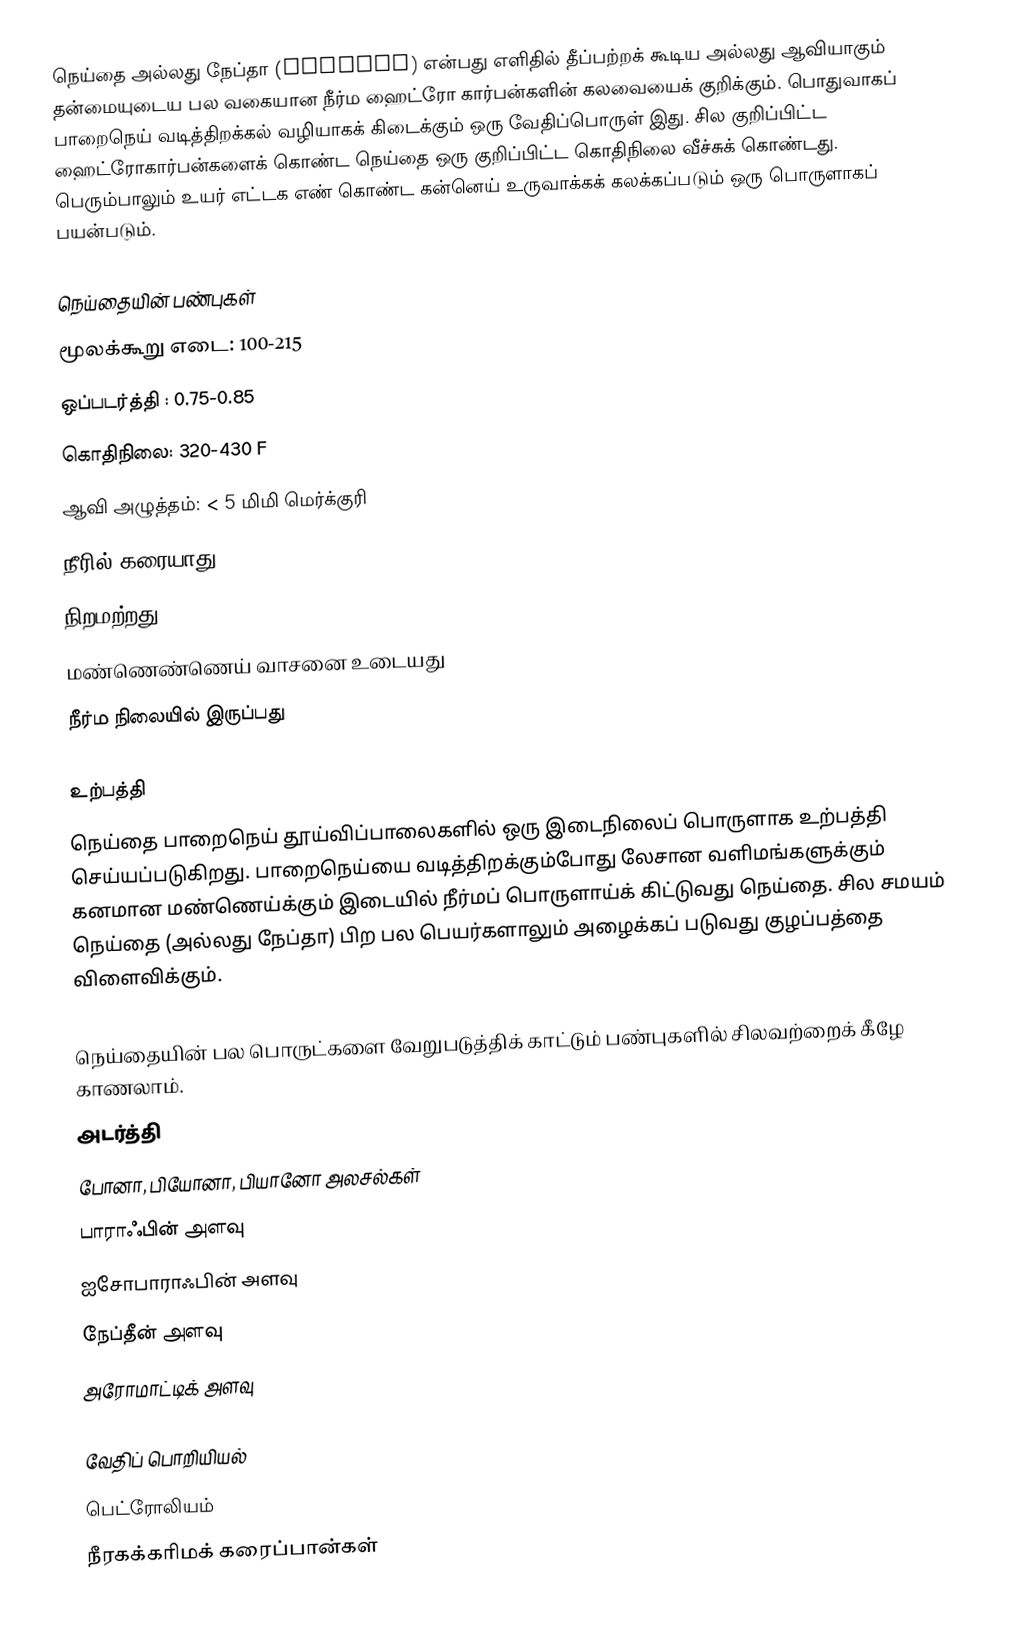
நெய்தை அல்லது நேப்தா (naphtha) என்பது எளிதில் தீப்பற்றக் கூடிய அல்லது ஆவியாகும் தன்மையுடைய பல வகையான நீர்ம ஹைட்ரோ கார்பன்களின் கலவையைக் குறிக்கும். பொதுவாகப் பாறைநெய் வடித்திறக்கல் வழியாகக் கிடைக்கும் ஒரு வேதிப்பொருள் இது. சில குறிப்பிட்ட ஹைட்ரோகார்பன்களைக் கொண்ட நெய்தை ஒரு குறிப்பிட்ட கொதிநிலை வீச்சுக் கொண்டது.  பெரும்பாலும் உயர் எட்டக எண் கொண்ட கன்னெய் உருவாக்கக் கலக்கப்படும் ஒரு பொருளாகப் பயன்படும்.

நெய்தையின் பண்புகள்
 மூலக்கூறு எடை: 100-215
 ஒப்படர்த்தி : 0.75-0.85
 கொதிநிலை: 320-430 F
 ஆவி அழுத்தம்: < 5 மிமி மெர்க்குரி
 நீரில் கரையாது
 நிறமற்றது
 மண்ணெண்ணெய் வாசனை உடையது
 நீர்ம நிலையில் இருப்பது

உற்பத்தி
நெய்தை பாறைநெய் தூய்விப்பாலைகளில் ஒரு இடைநிலைப் பொருளாக உற்பத்தி செய்யப்படுகிறது. பாறைநெய்யை வடித்திறக்கும்போது லேசான வளிமங்களுக்கும் கனமான மண்ணெய்க்கும் இடையில் நீர்மப் பொருளாய்க் கிட்டுவது நெய்தை. சில சமயம் நெய்தை (அல்லது நேப்தா) பிற பல பெயர்களாலும் அழைக்கப் படுவது குழப்பத்தை விளைவிக்கும்.

நெய்தையின் பல பொருட்களை வேறுபடுத்திக் காட்டும் பண்புகளில் சிலவற்றைக் கீழே காணலாம்.
 அடர்த்தி
 போனா, பியோனா, பியானோ அலசல்கள்
 பாராஃபின் அளவு
 ஐசோபாராஃபின் அளவு
 நேப்தீன் அளவு
 அரோமாட்டிக் அளவு

வேதிப் பொறியியல்
பெட்ரோலியம்
நீரகக்கரிமக் கரைப்பான்கள்